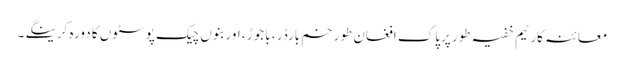
معائنہ کار ٹیم خفیہ طور پرپاک افغان طورخم بارڈر ، باجوڑ ، اور بنوں چیک پوسٹوں کا دورہ کرینگے ۔